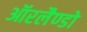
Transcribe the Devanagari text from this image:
ऑरलैण्डो